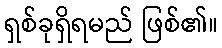
ရှစ်ခုရှိရမည် ဖြစ်၏။